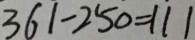
3 6 1 - 2 5 0 = 1 1 1